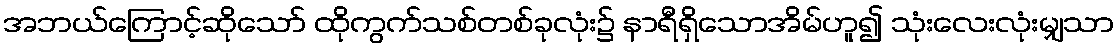
အဘယ်ကြောင့်ဆိုသော် ထိုကွက်သစ်တစ်ခုလုံး၌ နာရီရှိသောအိမ်ဟူ၍ သုံးလေးလုံးမျှသာ